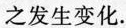
之发生变化.